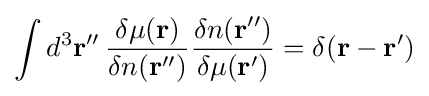
\int d^{3}\mathbf {r} ''\,{\frac {\delta \mu (\mathbf {r} )}{\delta n(\mathbf {r} '')}}{\frac {\delta n(\mathbf {r} '')}{\delta \mu (\mathbf {r} ')}}=\delta (\mathbf {r} -\mathbf {r} ')